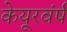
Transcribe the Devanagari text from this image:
केयूरवंर्ष